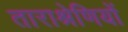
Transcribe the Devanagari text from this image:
ताराश्रेणियों